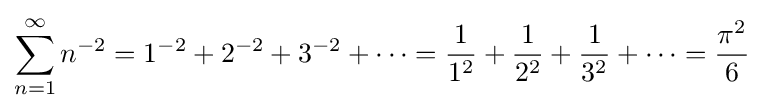
\sum _{n=1}^{\infty }{n^{-2}}={1^{-2}}+{2^{-2}}+{3^{-2}}+\cdots ={1 \over 1^{2}}+{1 \over 2^{2}}+{1 \over 3^{2}}+\cdots ={\pi ^{2} \over 6}